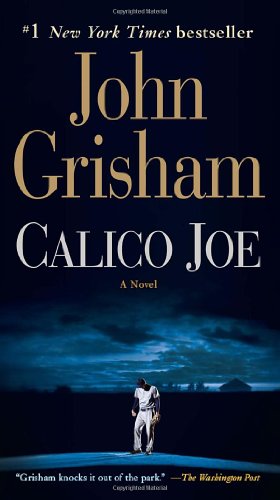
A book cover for Calico Joe: A Novel; John Grisham; Literature & Fiction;